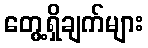
တွေ့ရှိချက်များ